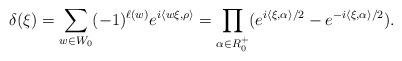
LaTeX: \begin{align*} \delta({{\xi}}) =\sum_{w\in W_0} (-1)^{\ell(w)}e^{i\langle w\xi,\rho\rangle} = \prod_{\alpha\in R_0^+} (e^{i\langle \xi,\alpha\rangle/2}-e^{-i\langle \xi,\alpha\rangle/2}) .\end{align*}